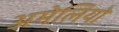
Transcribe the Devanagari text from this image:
अमेलियो